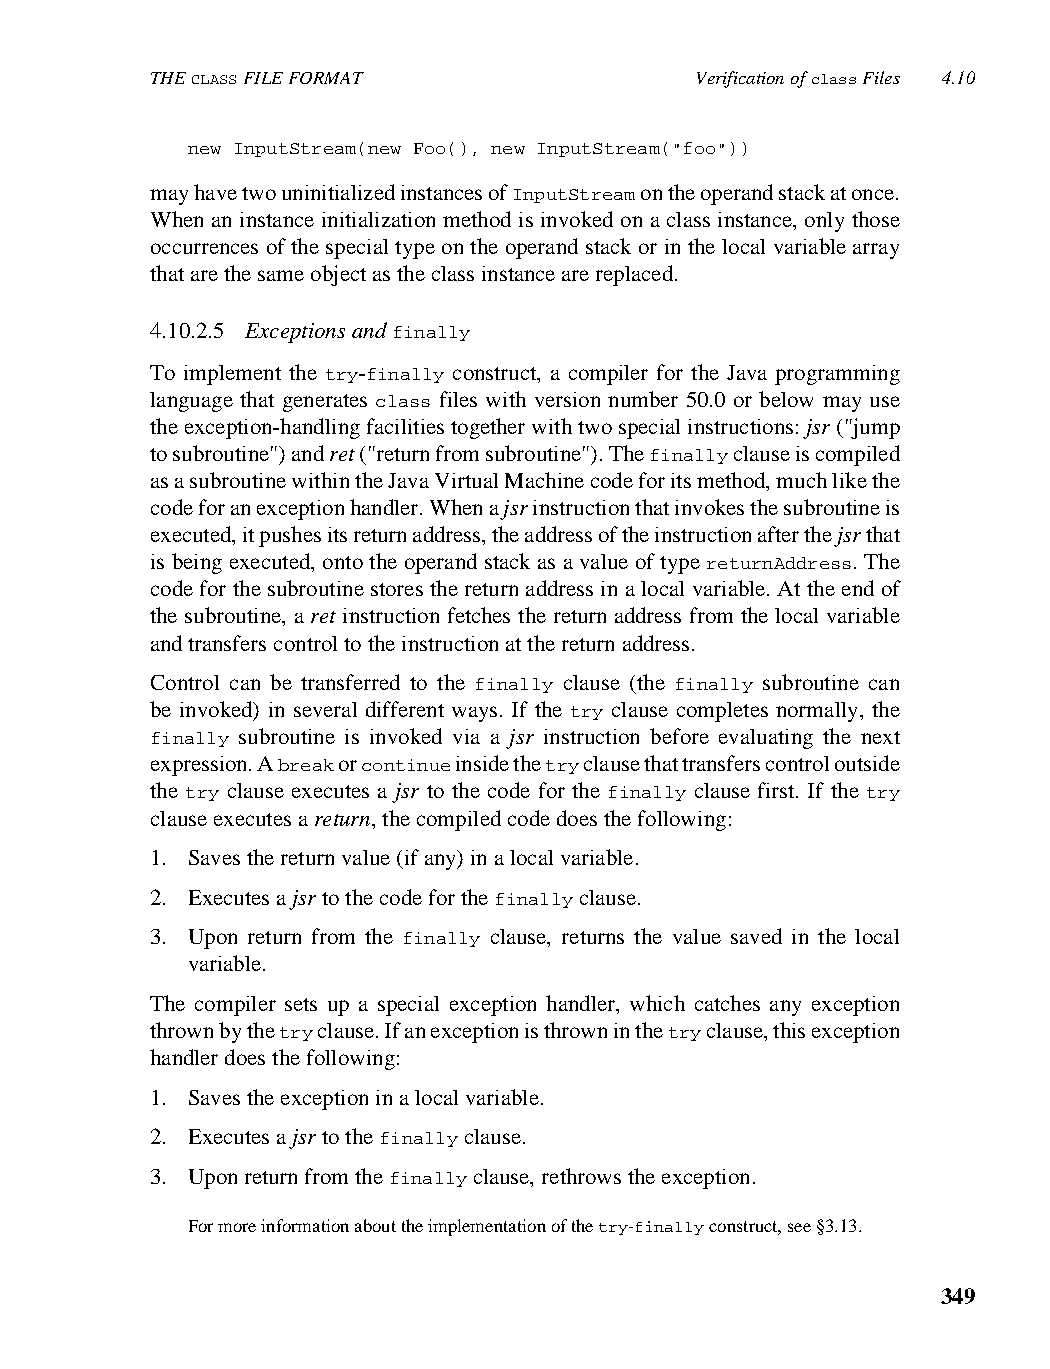
THE CLASS FILE FORMAT               Verification of class Files 4.10
 new InputStream(new Foo(), new InputStream("foo"))
 may have two uninitialized instances of InputStream on the operand stack at once.
 When an instance initialization method is invoked on a class instance, only those
 occurrences of the special type on the operand stack or in the local variable array
 that are the same object as the class instance are replaced.
 4.10.2.5 Exceptions and finally
 To implement the try-finally construct, a compiler for the Java programming
 language that generates class files with version number 50.0 or below may use
 the exception-handling facilities together with two special instructions: jsr ("jump
 to subroutine") and ret ("return from subroutine"). The finally clause is compiled
 as a subroutine within the Java Virtual Machine code for its method, much like the
 code for an exception handler. When a jsr instruction that invokes the subroutine is
 executed, it pushes its return address, the address of the instruction after the jsr that
 is being executed, onto the operand stack as a value of type returnAddress. The
 code for the subroutine stores the return address in a local variable. At the end of
 the subroutine, a ret instruction fetches the return address from the local variable
 and transfers control to the instruction at the return address.
 Control can be transferred to the finally clause (the finally subroutine can
 be invoked) in several different ways. If the try clause completes normally, the
 finally subroutine is invoked via a jsr instruction before evaluating the next
 expression. A break or continue inside the try clause that transfers control outside
 the try clause executes a jsr to the code for the finally clause first. If the try
 clause executes a return, the compiled code does the following:
 1. Saves the return value (if any) in a local variable.
 2. Executes a jsr to the code for the finally clause.
 3. Upon return from the finally clause, returns the value saved in the local
 variable.
 The compiler sets up a special exception handler, which catches any exception
 thrown by the try clause. If an exception is thrown in the try clause, this exception
 handler does the following:
 1. Saves the exception in a local variable.
 2. Executes a jsr to the finally clause.
 3. Upon return from the finally clause, rethrows the exception.
 For more information about the implementation of the try-finally construct, see §3.13.
 349